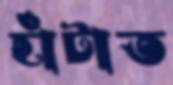
হাঁটাত